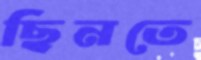
ছিনতে